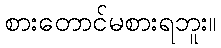
စားတောင်မစားရဘူး။